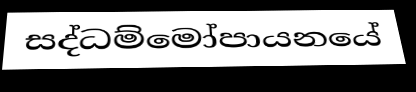
සද්ධම්මෝපායනයේ